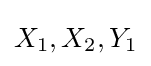
X_{1},X_{2},Y_{1}